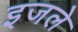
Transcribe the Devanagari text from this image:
इजले